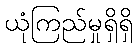
ယုံကြည်မှုရှိရှိ